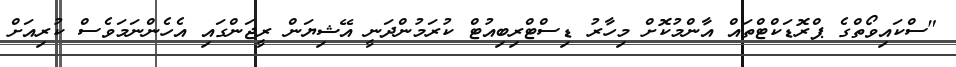
"ސްކައިވޯތްގެ ޕްރޮޑަކްޓްތައް އާންމުކޮށް މިހާރު ޑިސްޓްރިބިއުޓް ކުރަމުންދަނީ އޭޝިޔަން ރީޖަންގައި އެހެންނަމަވެސް ކުރިއަށް